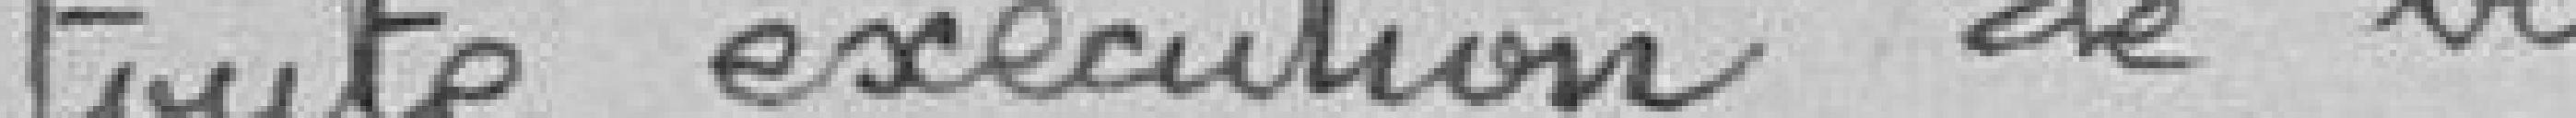
toute exécution de travaux,